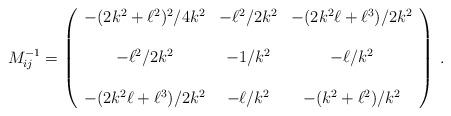
LaTeX: \begin{align*}M^{-1}_{ij} =\left(\begin{array}{ccc}-(2k^{2}+\ell^{2})^{2}/4k^{2} & -\ell^{2}/2k^{2} &-(2k^{2}\ell+\ell^{3})/2k^{2} \\& & \\-\ell^{2}/2k^{2} & -1/k^{2} & -\ell/k^{2} \\& & \\-(2k^{2}\ell+\ell^{3})/2k^{2} & -\ell/k^{2} & -(k^{2}+\ell^{2})/k^{2} \\\end{array}\right) \, .\end{align*}